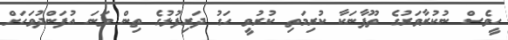
ހީވެސް ނުކުރާވަރުގެ ތޫފާނަކާ ކުރިމަތި ކުރުވީ ހަގު ދަރިފުޅުގެ ތިން ވަނަ އުފަންދުވަހަށް